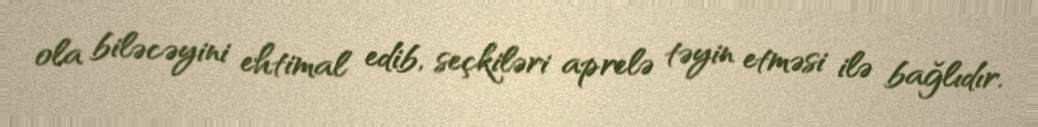
ola biləcəyini ehtimal edib, seçkiləri aprelə təyin etməsi ilə bağlıdır.